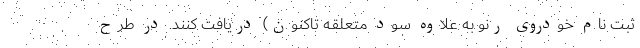
ثبت نام خودروی رنو به علاوه سود متعلقه تاکنون) دریافت کنند. در طرح